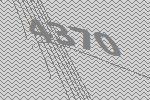
4370